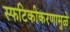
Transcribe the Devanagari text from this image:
स्फटिकीकरणामुळे